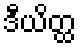
ဒီယိတ္ထ